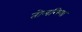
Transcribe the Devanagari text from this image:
तोलमिया